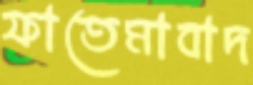
ফাতেমাবাদ